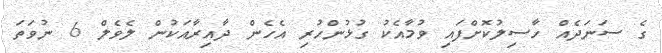
ގެ ސަނަދެއް ހާސިލުކޮށްފައި ވުމާއެކު ގުޅުންހުރި އެހެން ދާއިރާއަކުން ލެވެލް 6 ނުވަތަ